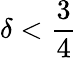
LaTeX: \delta<{\frac{3}{4}}